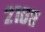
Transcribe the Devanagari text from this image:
२१०ए